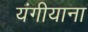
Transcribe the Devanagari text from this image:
यंगीयाना